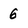
Character: 6